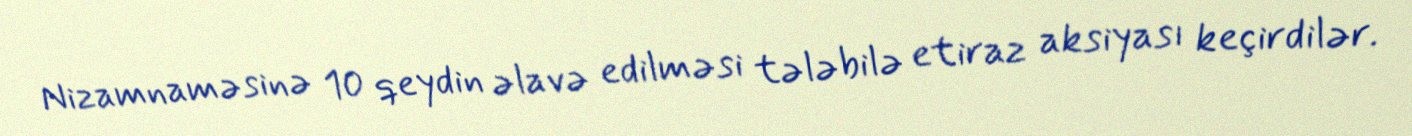
Nizamnaməsinə 10 qeydin əlavə edilməsi tələbilə etiraz aksiyası keçirdilər.